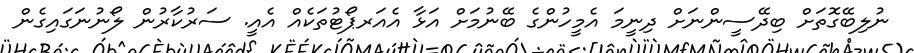
ނުލިބޭގޮތަށް ބިދޭސީންނަށް ދިނީމަ އެމީހުންގެ ބޭނުމަށް އަޅާ އެއަރޕޯޓުތަކެއް އެއީ. ސަރުކާރުން ލޯނުނަގައިގެން